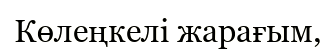
Көлеңкелі жарағым,